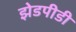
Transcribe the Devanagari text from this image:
झेडपीडी